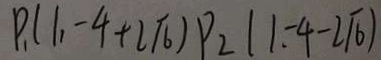
P _ { 1 } ( 1 , - 4 + 2 \sqrt { 6 } ) P _ { 2 } ( 1 - 4 - 2 \sqrt { 6 } )